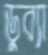
ডুব্যা